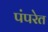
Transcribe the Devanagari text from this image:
पंपरेत